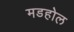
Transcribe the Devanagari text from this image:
मडहोल